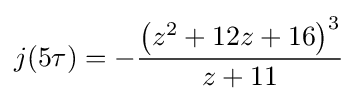
j(5\tau )=-{\frac {\left(z^{2}+12z+16\right)^{3}}{z+11}}